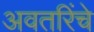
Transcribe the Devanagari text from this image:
अवतरिंचे